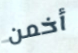
أخمن